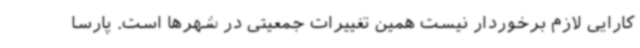
کارایی لازم برخوردار نیست همین تغییرات جمعیتی در شهرها است. پارسا